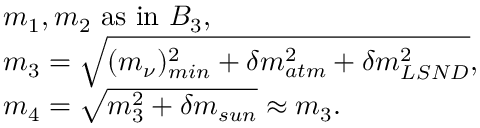
\begin{array} { l } { { m _ { 1 } , m _ { 2 } \mathrm { ~ a s ~ i n ~ } B _ { 3 } , } } \\ { { m _ { 3 } = \sqrt { ( m _ { \nu } ) _ { m i n } ^ { 2 } + \delta m _ { a t m } ^ { 2 } + \delta m _ { L S N D } ^ { 2 } } , } } \\ { { m _ { 4 } = \sqrt { m _ { 3 } ^ { 2 } + \delta m _ { s u n } } \approx m _ { 3 } . } } \end{array}